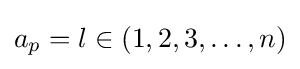
a_{p}=l\in (1,2,3,\ldots ,n)